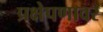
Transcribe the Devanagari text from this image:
प्रक्षेपणावर